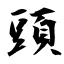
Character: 頭